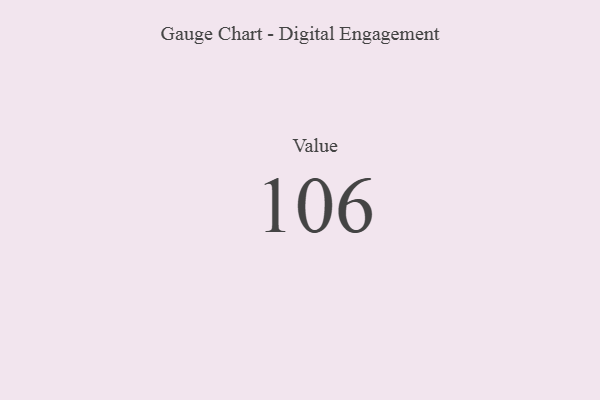
{"axis": {"x": "Metric", "y": "Value"}, "legend": [""], "data": [{"x": "Value", "y": 106, "type": ""}]}